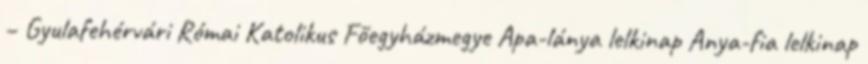
– Gyulafehérvári Római Katolikus Főegyházmegye Apa-lánya lelkinap Anya-fia lelkinap